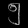
Digit: ၅